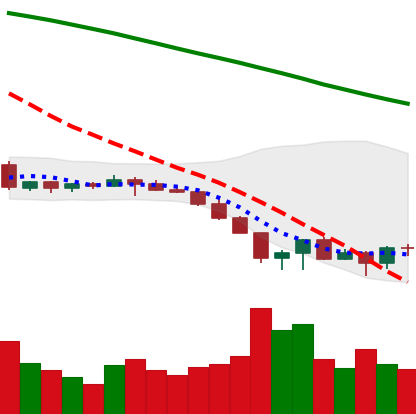
Ticker: EOS-USD
Chart end date: 2022-06-20
Forward return: 4.7%
Label: up_3_5